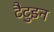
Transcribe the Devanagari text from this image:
टैटुइन